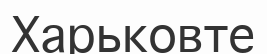
Харьковте